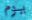
يوم